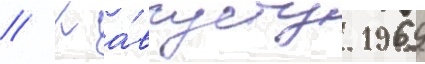
// К а́вгусту 1969